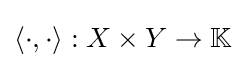
\langle \cdot ,\cdot \rangle :X\times Y\to \mathbb {K}